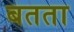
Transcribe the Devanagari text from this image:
बतता